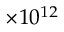
\times 1 0 ^ { 1 2 }